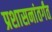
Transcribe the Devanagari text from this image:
प्रशासनांतर्गंत